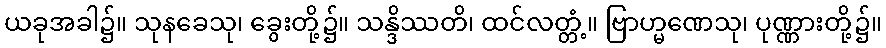
ယခုအခါ၌။ သုနခေသု၊ ခွေးတို့၌။ သန္ဒိဿတိ၊ ထင်လတ္တံ့။ ဗြာဟ္မဏေသု၊ ပုဏ္ဏားတို့၌။